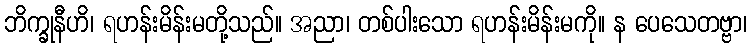
ဘိက္ခုနီဟိ၊ ရဟန်းမိန်းမတို့သည်။ အညာ၊ တစ်ပါးသော ရဟန်းမိန်းမကို။ န ပေသေတဗ္ဗာ၊